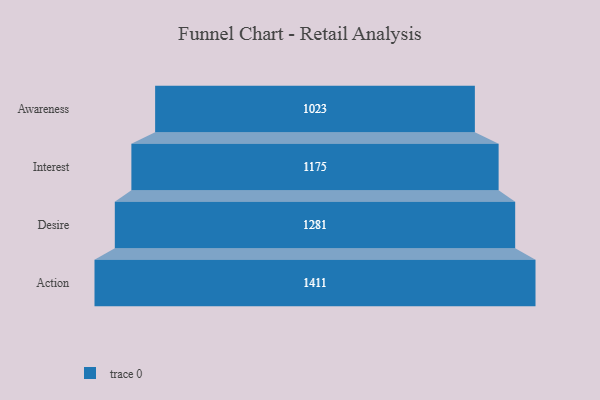
{"axis": {"x": "Stage", "y": "Value"}, "legend": [""], "data": [{"x": "Awareness", "y": 1023.0, "type": ""}, {"x": "Interest", "y": 1175.0, "type": ""}, {"x": "Desire", "y": 1281.0, "type": ""}, {"x": "Action", "y": 1411.0, "type": ""}]}